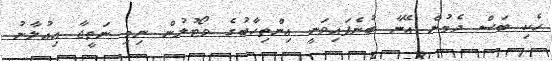
ހެކި ބަސް ދެމުން އޭނާ ބުނެފައިވަނީ އިންތިހާބުގެ ވޯޓުލުން ނިމި ނަތީޖާ އިއުލާނު